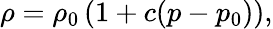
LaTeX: \rho=\rho_{0}\, (1+c(p-p_{0})),